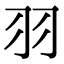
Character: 羽